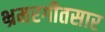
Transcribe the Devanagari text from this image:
भ्रमरगीतसार